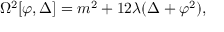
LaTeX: \Omega ^ { 2 } [ \varphi , \Delta ] = m ^ { 2 } + 1 2 \lambda ( \Delta + \varphi ^ { 2 } ) ,